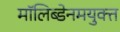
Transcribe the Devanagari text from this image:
मॉलिब्डेनमयुक्त